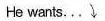
He wants...